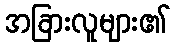
အခြားလူများ၏